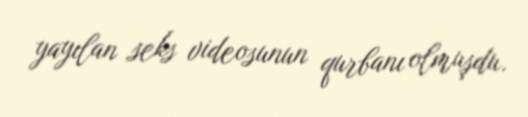
yayılan seks videosunun qurbanı olmuşdu.